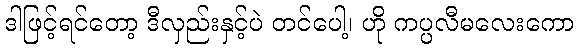
ဒါဖြင့်ရင်တော့ ဒီလှည်းနှင့်ပဲ တင်ပေါ့၊ ဟို ကပ္ပလီမလေးကော